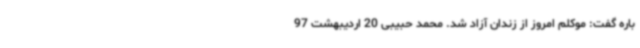
باره گفت: موکلم امروز از زندان آزاد شد. محمد حبیبی 20 اردیبهشت 97